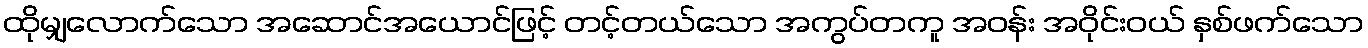
ထိုမျှလောက်သော အဆောင်အယောင်ဖြင့် တင့်တယ်သော အကွပ်တကူ အဝန်း အဝိုင်းဝယ် နှစ်ဖက်သော